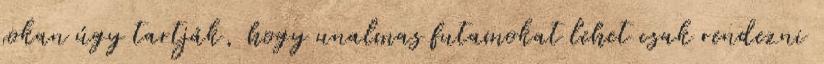
sokan úgy tartják, hogy unalmas futamokat lehet csak rendezni